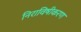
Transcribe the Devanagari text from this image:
निराविषीकरण